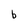
Character: b